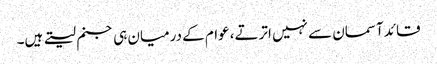
قائد آسمان سے نہیں اترتے، عوام کے درمیان ہی جنم لیتے ہیں۔